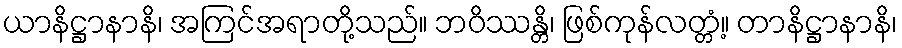
ယာနိဋ္ဌာနာနိ၊ အကြင်အရာတို့သည်။ ဘဝိဿန္တိ၊ ဖြစ်ကုန်လတ္တံ့။ တာနိဋ္ဌာနာနိ၊